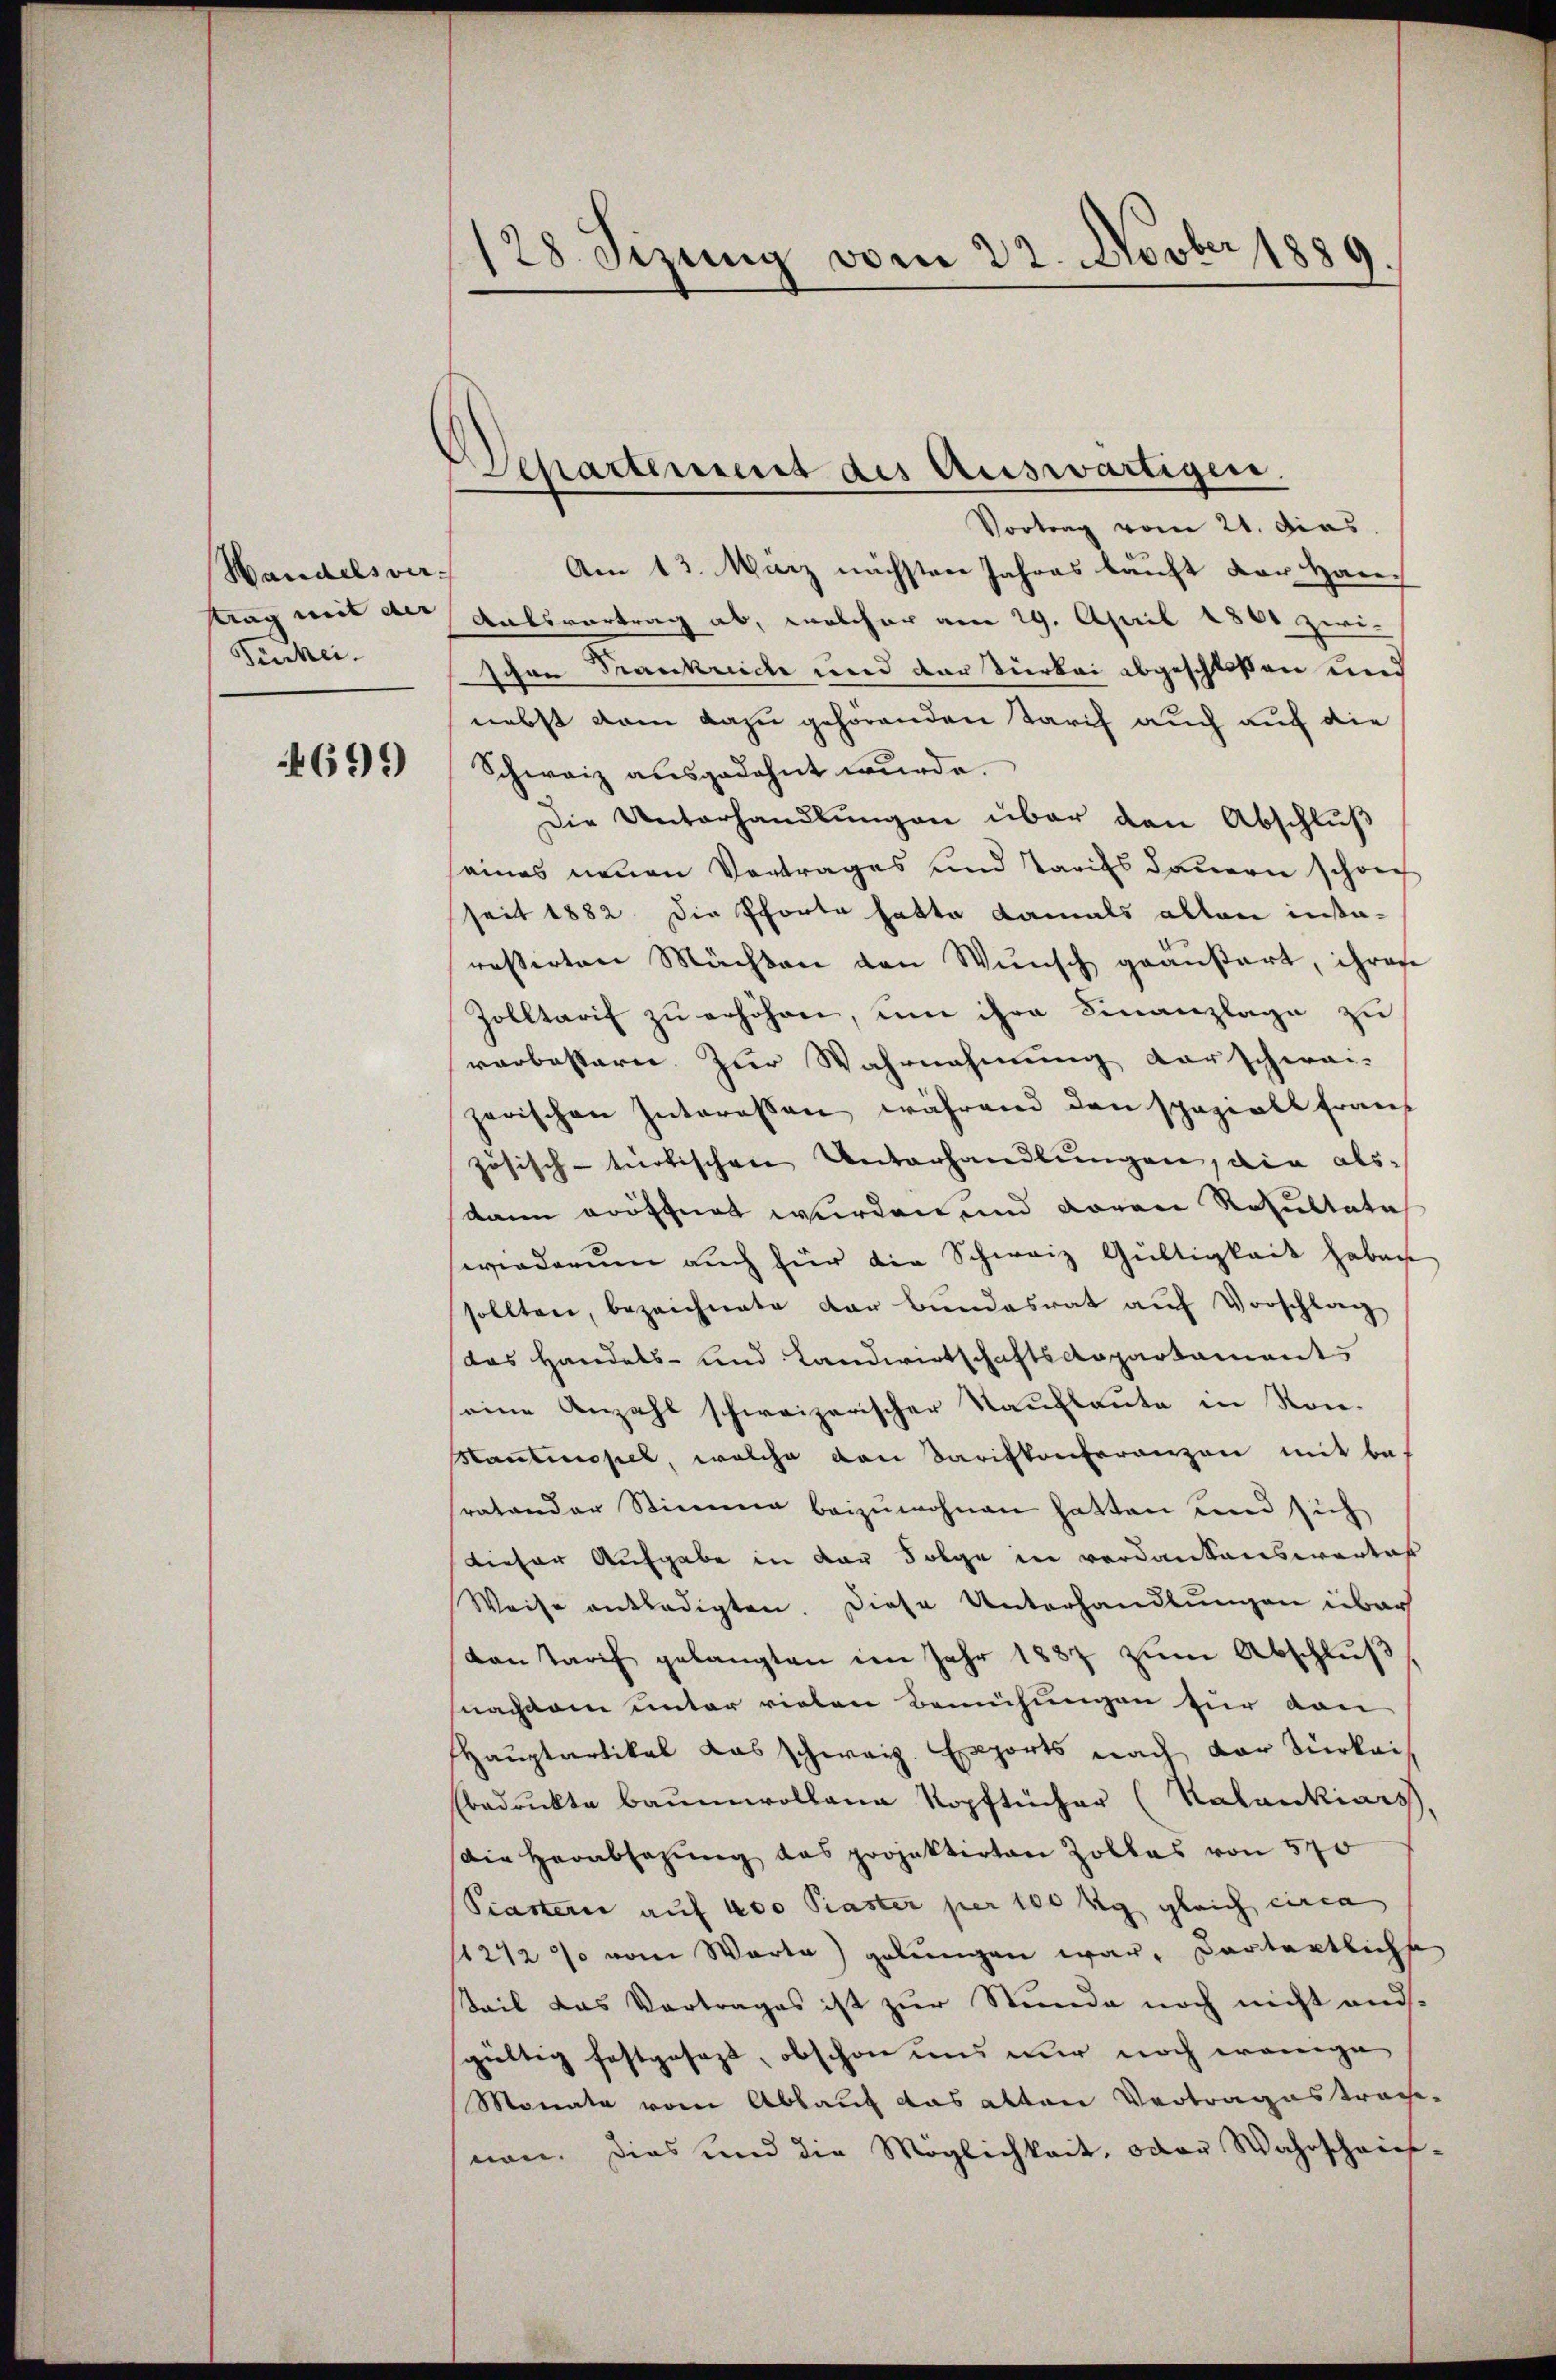
Handelsver
tag mit der
Ferhei

699)

128 Sizung vom 22. Novber 1889
I.

Departement des Auswärtigen

Vortrag vom 21. dies
Am 13. März nächsten Jahres kauft der Han¬
Antsvortrag ab, welcher am 29. April 1861 zwi-
schon Frankreich und der Türkei abgeschlossen und
nebst dem dazu gehörenden Tarif auch auf die
Schweiz ausgedehnt wurde.
Die Unterhandlungen über den Abschluß
eines neuen Vortrages und Tarifs dauern schon
seit 1882. Die Pforte hatte damals allen instaressirten Mächten den Wunsch geansart, ihrese
Zolltarif zu erhöhen, um ihre Finanzlage zu
verbestern. Zur Wahrnehmung darschwei-
zerischen Interessen während den spaziell franz
zösisch-tnotischen Unterhandlungen, die als
dann eröffnet wurden und daran Resultate
wiederum auch für die Schweiz Gültigkeit haben
sollten, bezeichnete der Bundesrat aŭf Vorschlag
das Handels- und Landwirtschaftsdepartaments
seine Anzahl schweizerischer Kaufleute in Kon¬
Hantinopel, welche den Tarifkonferenzen mit bes
sratender Stimme beizuwohnen hatten und sich
dieser Aufgabe in der Folge in verdankenswertes
Weise entledigten. Diese Unterhandlungen über
von Tarif gelangten im Jahr 1887 zŭm Abschlŭβ
nachdem unter vielen Bemühungen für dan
Hauptartikal das schweiz. Exports nach der Türkei
bedruckte Baumwollene Kopftücher (Kalankiars
Die Herabsagŭng das projektirten Zolles von 570
Piasterie auf 400 Paster per 100 kg gleich circa
1212 % vom Warte) gelŭngen war, Portortliche
Teil das Vortrages ist zur Stunde noch nicht ausgültig festgesezt, obschon und nur noch wenige
Monate vom Ablauf das alten Vertragestrach-
nen. Dies und die Möglichkeit, oder Wahrschries-